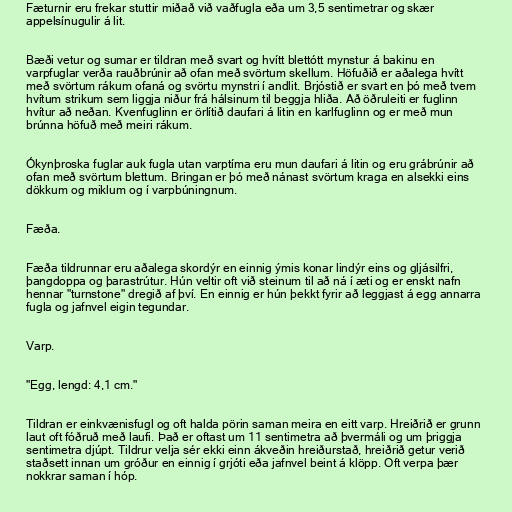
Fæturnir eru frekar stuttir miðað við vaðfugla eða um 3,5 sentimetrar og skær
appelsínugulir á lit.

Bæði vetur og sumar er tildran með svart og hvítt blettótt mynstur á bakinu en
varpfuglar verða rauðbrúnir að ofan með svörtum skellum. Höfuðið er aðalega hvítt
með svörtum rákum ofaná og svörtu mynstri í andlit. Brjóstið er svart en þó með tvem
hvítum strikum sem liggja niður frá hálsinum til beggja hliða. Að öðruleiti er fuglinn
hvítur að neðan. Kvenfuglinn er örlítið daufari á litin en karlfuglinn og er með mun
brúnna höfuð með meiri rákum.

Ókynþroska fuglar auk fugla utan varptíma eru mun daufari á litin og eru grábrúnir að
ofan með svörtum blettum. Bringan er þó með nánast svörtum kraga en alsekki eins
dökkum og miklum og í varpbúningnum.

Fæða.

Fæða tildrunnar eru aðalega skordýr en einnig ýmis konar lindýr eins og gljásilfri,
þangdoppa og þarastrútur. Hún veltir oft við steinum til að ná í æti og er enskt nafn
hennar "turnstone" dregið af því. En einnig er hún þekkt fyrir að leggjast á egg annarra
fugla og jafnvel eigin tegundar.

Varp.

"Egg, lengd: 4,1 cm."

Tildran er einkvænisfugl og oft halda pörin saman meira en eitt varp. Hreiðrið er grunn
laut oft fóðruð með laufi. Það er oftast um 11 sentimetra að þvermáli og um þriggja
sentimetra djúpt. Tildrur velja sér ekki einn ákveðin hreiðurstað, hreiðrið getur verið
staðsett innan um gróður en einnig í grjóti eða jafnvel beint á klöpp. Oft verpa þær
nokkrar saman í hóp.